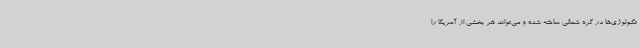
تکنولوژی‌ها در کره شمالی ساخته شده و می‌تواند هر بخشی از آمریکا را